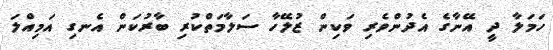
ހަމަލާ ދީ އޭނާގެ އެދުންވެރި ވަކިން ޒުލޭހާ ސަލާމަތްކުރި ބާރުކަން އެނގި އަމިއްލަ